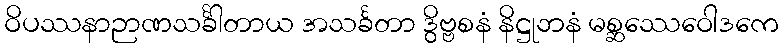
ဝိပဿနာဉာဏသင်္ခါတာယ အသင်္ခတာ ဒွိဗ္ဗစနံ နိဋ္ဌုဘနံ မစ္ဆဿေဝေါဒကေ